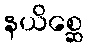
နယိစ္ဆေ